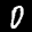
Label: 0